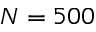
N = 5 0 0